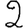
Digit: 2